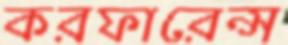
করফারেন্স